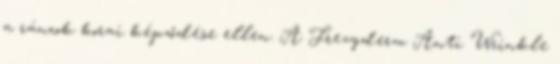
a ráncok korai képződése ellen. A Frezyderm Anti Wrinkle